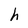
Character: h